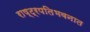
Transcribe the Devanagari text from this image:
राष्ट्रपतिभवनात